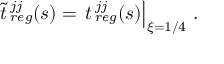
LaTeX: { \tilde { t } } { \, } _ { r e g } ^ { j j } ( s ) = \left. t { \, } _ { r e g } ^ { j j } ( s ) \right| _ { \xi = 1 / 4 } \, .